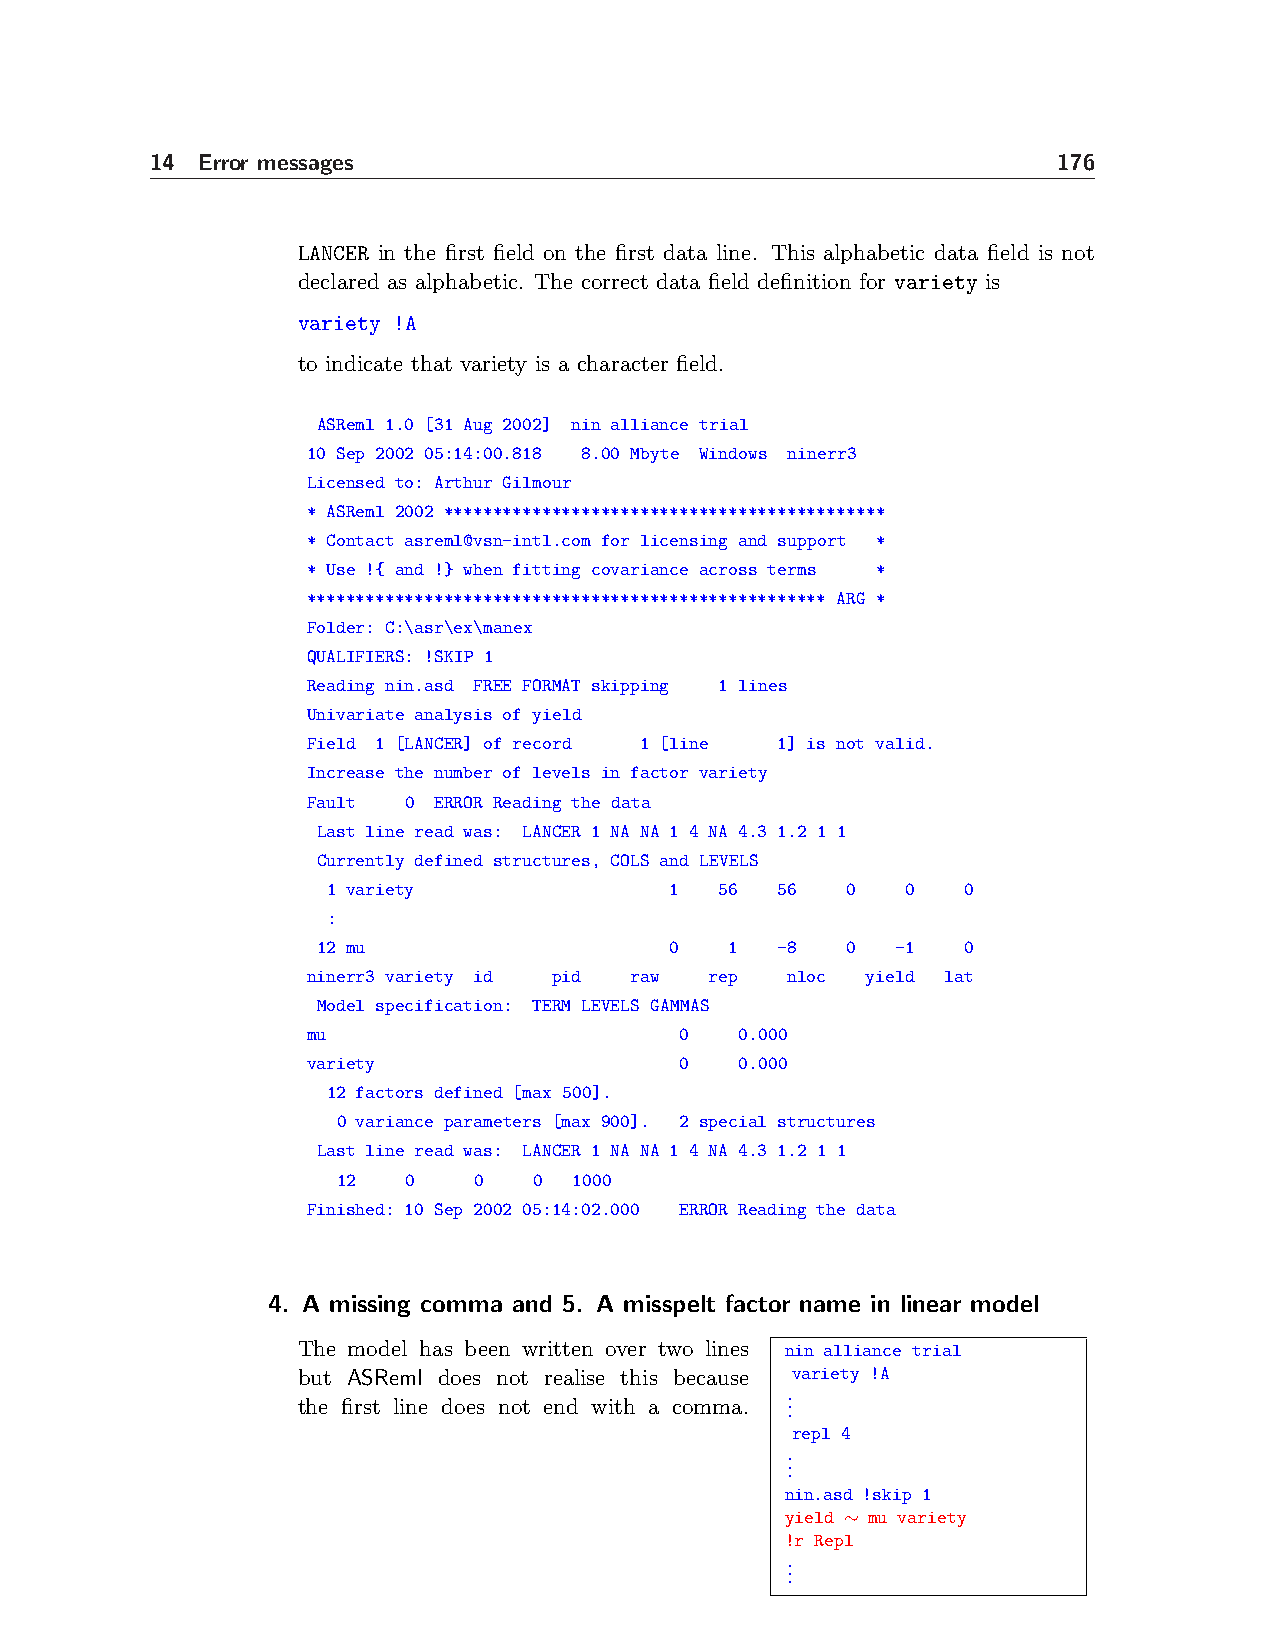
14 Error messages                                           176
 LANCER in the first field on the first data line. This alphabetic data field is not
 declared as alphabetic. The correct data field definition for variety is
 variety !A
 to indicate that variety is a character field.
 ASReml 1.0 [31 Aug 2002] nin alliance trial
 10 Sep 2002 05:14:00.818 8.00 Mbyte Windows ninerr3
 Licensed to: Arthur Gilmour
 * ASReml 2002 *********************************************
 * Contact asreml@vsn-intl.com for licensing and support *
 * Use !{ and !} when fitting covariance across terms *
 ***************************************************** ARG *
 Folder: C:\asr\ex\manex
 QUALIFIERS: !SKIP 1
 Reading nin.asd FREE FORMAT skipping 1 lines
 Univariate analysis of yield
 Field 1 [LANCER] of record 1 [line 1] is not valid.
 Increase the number of levels in factor variety
 Fault  0 ERROR Reading the data
 Last line read was: LANCER 1 NA NA 1 4 NA 4.3 1.2 1 1
 Currently defined structures, COLS and LEVELS
 1 variety             1   56  56  0   0   0
 :
 12 mu                  0   1   -8  0  -1   0
 ninerr3 variety id pid raw rep  nloc yield lat
 Model specification: TERM LEVELS GAMMAS
 mu                       0   0.000
 variety                  0   0.000
 12 factors defined [max 500].
 0 variance parameters [max 900]. 2 special structures
 Last line read was: LANCER 1 NA NA 1 4 NA 4.3 1.2 1 1
 12   0   0   0  1000
 Finished: 10 Sep 2002 05:14:02.000 ERROR Reading the data
 4. A missing comma and 5. A misspelt factor name in linear model
 The model has been written over two lines nin alliance trial
 but ASReml does not realise this because variety !A
 .
 the first line does not end with a comma. . .
 repl 4
 .
 .
 .
 nin.asd !skip 1
 yield ∼ mu variety
 !r Repl
 .
 .
 .